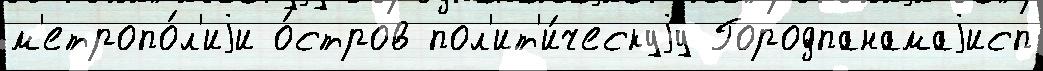
м'етропо́л'иjи о́стров пол'ит'и́ческуjу Городпанамаjисп